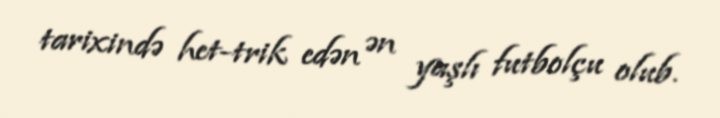
tarixində het-trik edən ən yaşlı futbolçu olub.